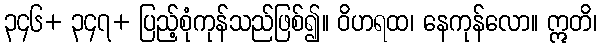
၃၄၆+ ၃၄၇+ ပြည့်စုံကုန်သည်ဖြစ်၍။ ဝိဟရထ၊ နေကုန်လော။ ဣတိ၊